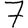
Digit: 7